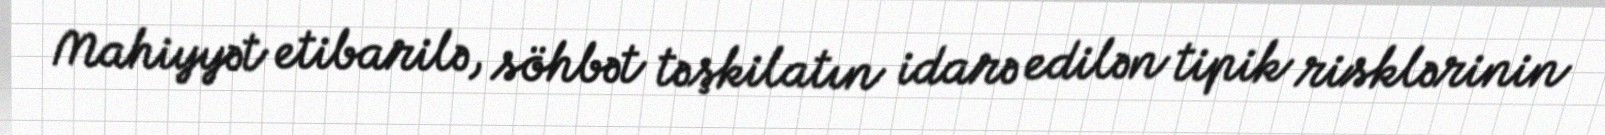
Mahiyyət etibarilə, söhbət təşkilatın idarə edilən tipik risklərinin